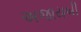
અજાયબી